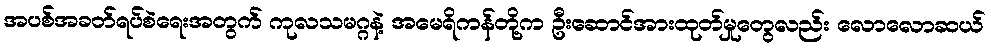
အပစ်အခတ်ရပ်စဲရေးအတွက် ကုလသမဂ္ဂနဲ့ အမေရိကန်တို့က ဦးဆောင်အားထုတ်မှုတွေလည်း လောလောဆယ်